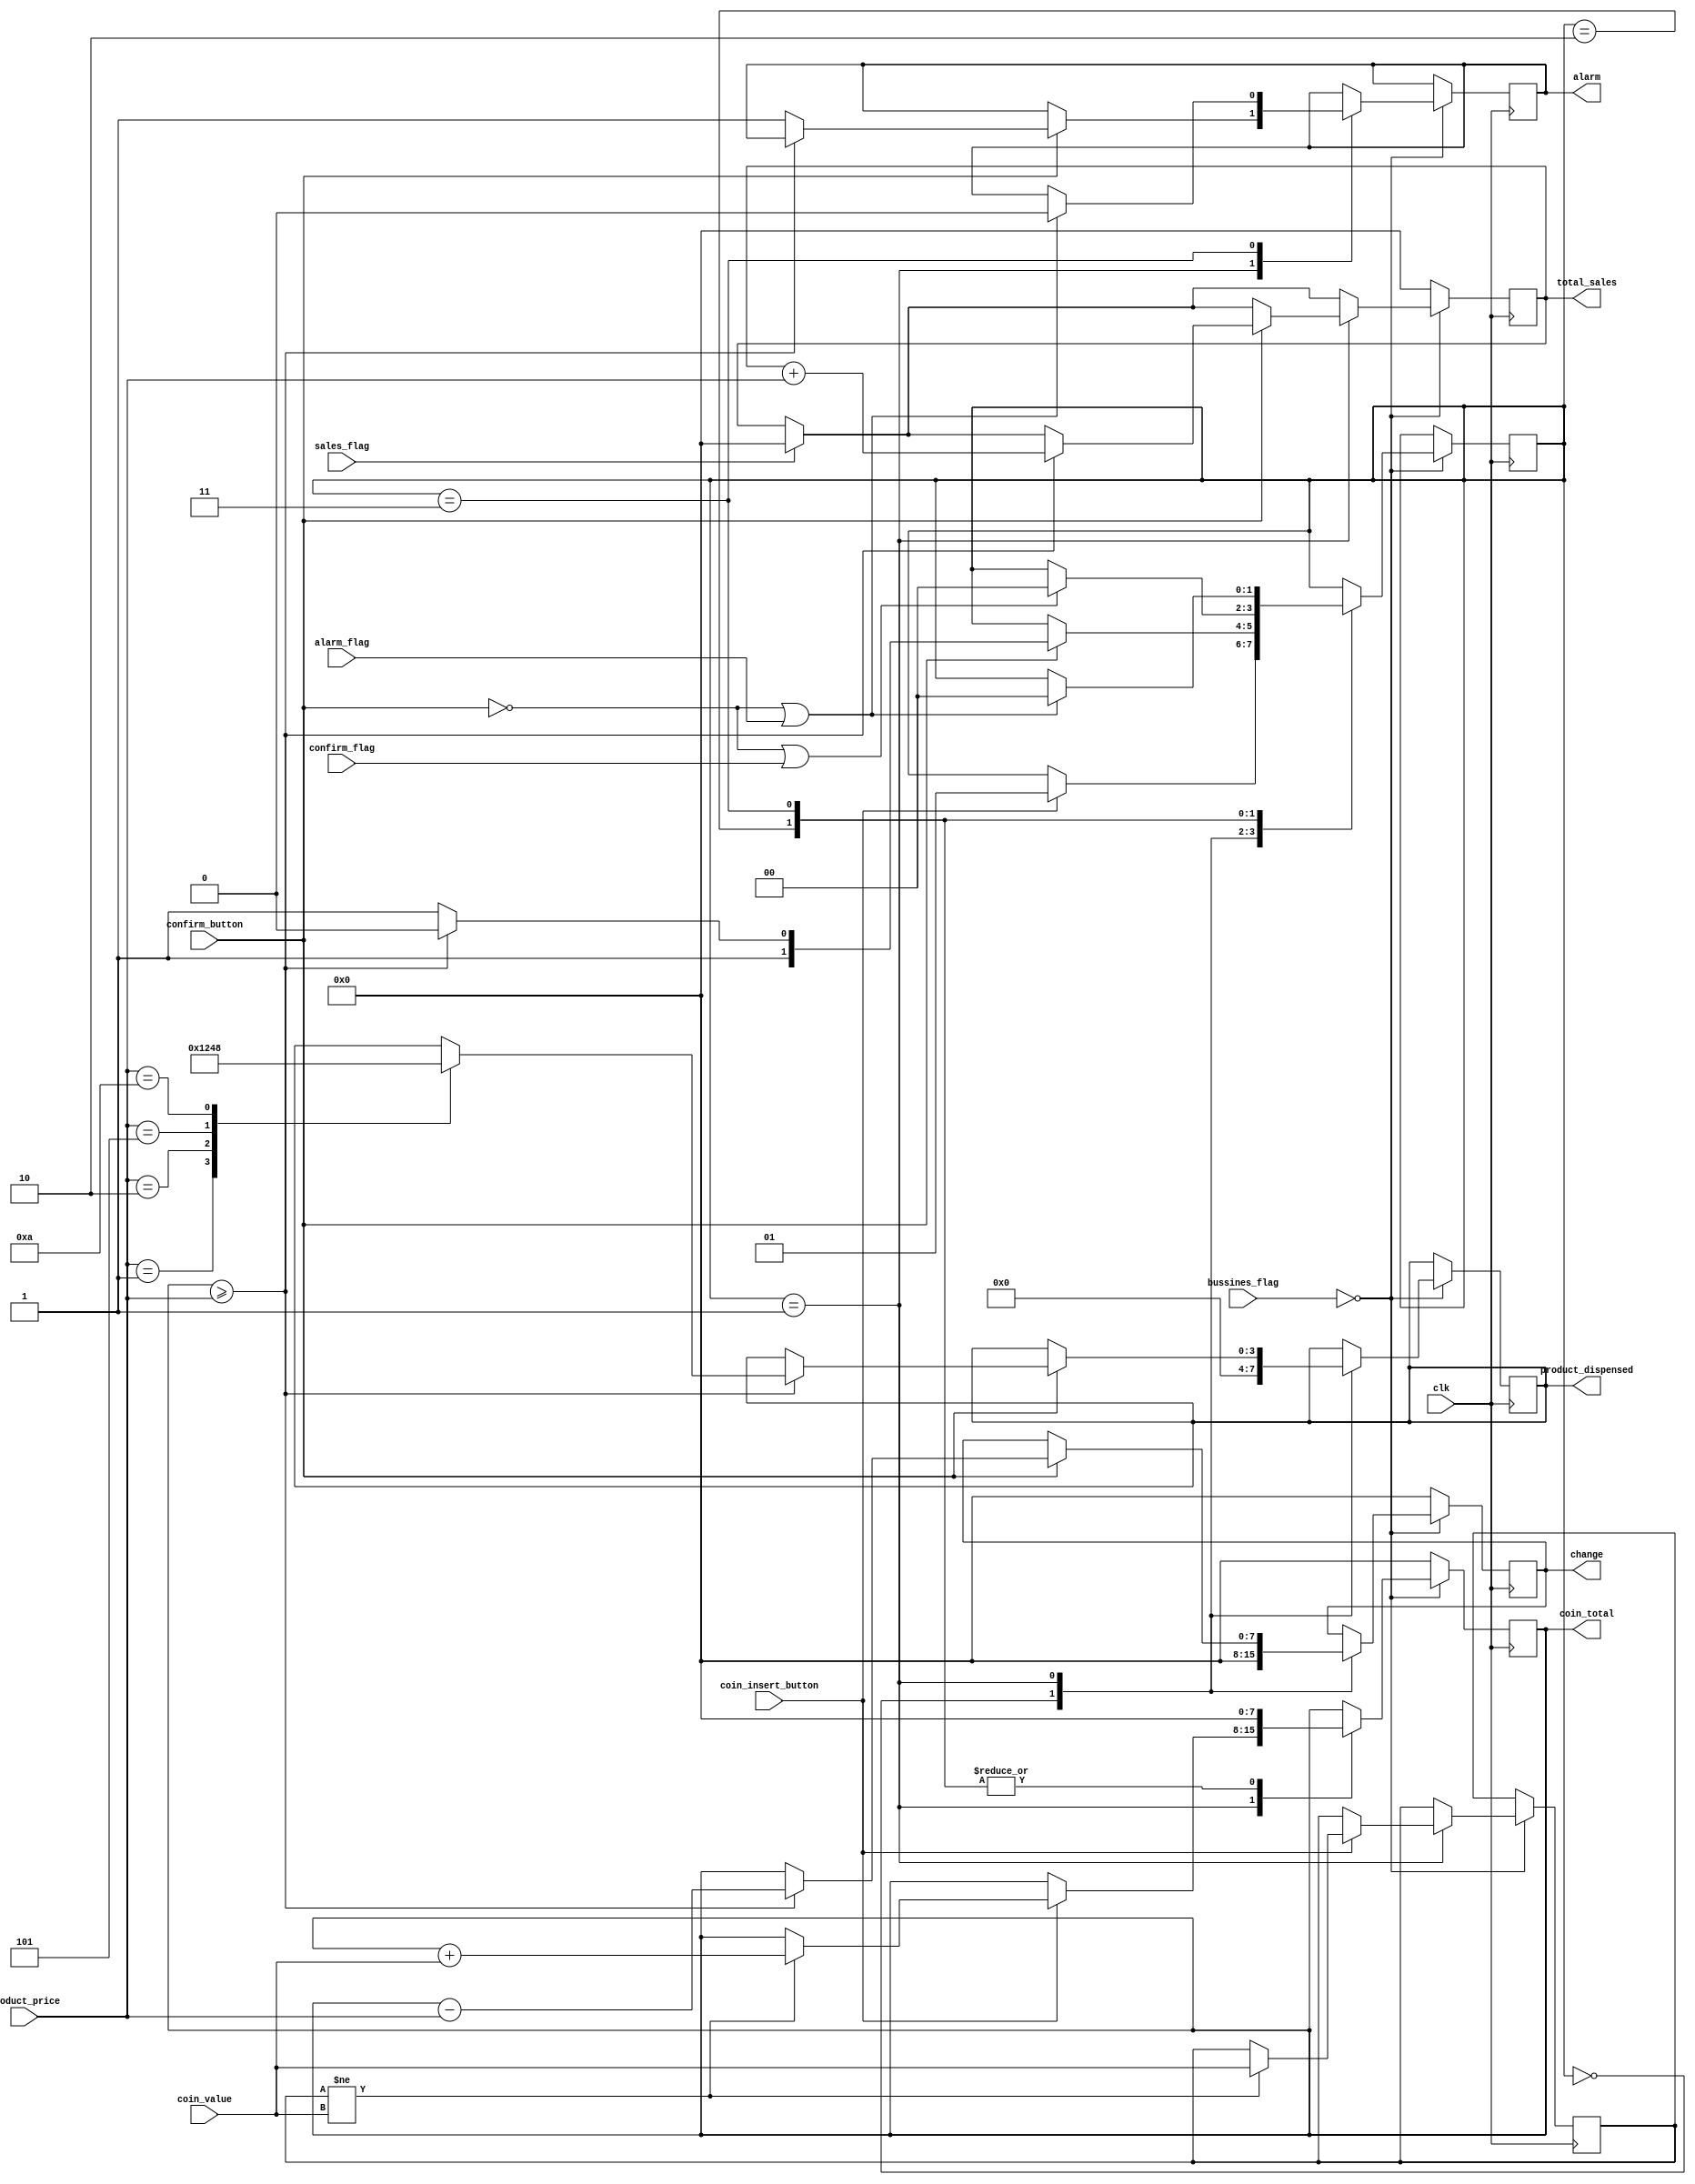
module VendingMachineController (
    input wire clk,                   // 
    input wire coin_insert_button,    // 
    input wire confirm_button,        // 
    input wire [7:0] coin_value,       
    output reg [7:0] coin_total,
    input wire [7:0] product_price,  
    input wire confirm_flag,  
    input wire alarm_flag,
    input wire sales_flag,
    input wire [3:0] bussines_flag,
    output reg alarm,                 // 
    output reg [7:0] change,          // 
    output reg [3:0] product_dispensed,      // 
    output reg [7:0] total_sales
    
    
);

reg [1:0] state = 2'b00;              // 
reg [7:0] coin_temp = 8'd0;


always @(posedge clk) begin
	if(sales_flag) begin
		total_sales <= 8'd0;
	end
	
	if(!bussines_flag) begin
    case (state)
        2'b00: begin // 
			product_dispensed <= 4'b0000;
			change <= 8'd0;
            if (coin_insert_button) begin
				
                state <= 2'b01; // 
                //coin_total <= coin_value; // 
            end
        end

        2'b01: begin // 
            if (coin_insert_button) begin
				if(coin_temp != coin_value) begin
					coin_temp <= coin_value;
					coin_total <= coin_total + coin_value; // 
				end
            end
            if (confirm_button) begin
                if (coin_total >= product_price) begin
                    total_sales <= total_sales + product_price; // 
                    change <= coin_total - product_price; // 
                    case(product_price)
						8'd1: product_dispensed <= 4'b0001; 
						8'd2: product_dispensed <= 4'b0010;
						8'd5: product_dispensed <= 4'b0100;  
						8'd10: product_dispensed <= 4'b1000;
					endcase 
                    state <= 2'b10; // 
                end else begin
					change <= coin_total;
                    alarm <= 1'b1; // 
                    state <= 2'b11; // 
                end
            end
        end
        2'b10: begin // 
			coin_total <= 0; // 
            if ((!confirm_button) | confirm_flag) begin
                
                state <= 2'b00; // 
            end
        end
        2'b11: begin // 
			coin_total <= 0;
            if ((!confirm_button) | alarm_flag) begin
				
                alarm <= 1'b0; // 
                state <= 2'b00; // 
            end
        end
    endcase
    end
    else begin
		coin_total <= 8'd0;
		change <= 8'd0;
		total_sales <= 8'd0;
	end
end

endmodule